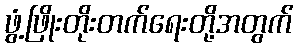
ဖွံ့ဖြိုးတိုးတက်ရေးတို့အတွက်